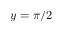
y = \pi / 2